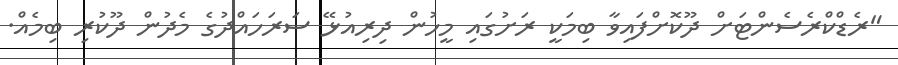
"ރެޑްކްރެސެންޓަށް ދޫކޮށްފައިވާ ބިމަކީ ރަށުގައި މީހުން ދިރިއުޅޭ ސަރަހައްދުގެ މެދުން ދޫކުރި ބިމެއް.